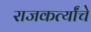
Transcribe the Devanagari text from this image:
राजकर्त्यांचे